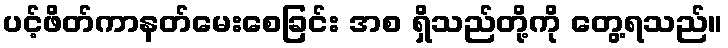
ပင့်ဖိတ်ကာနတ်မေးစေခြင်း အစ ရှိသည်တို့ကို တွေ့ရသည်။